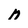
Character: N